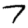
Digit: 7